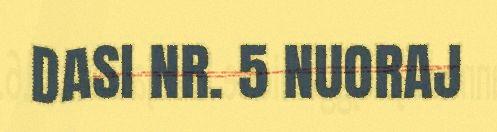
DASI NR. 5 NUORAJ